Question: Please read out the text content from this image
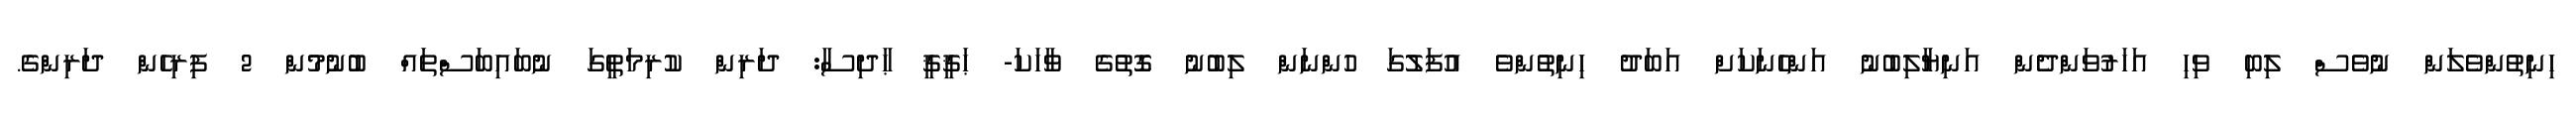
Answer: ހިނިތުންވެލަން ނުވެސް ލިބި ވިހި އަހަރުވަންދެން އަނިޔާލިބުނު އަންހެނަކަށް އަބަދު ހިނިތުންވެ އުފަލުގަ ހުންނަން ލިބުނު ގޮތުގެ ވާހަކަ- ޙަޤީޤީ ޙާދިސާ: ދަރިން ކުރިމަތީގަ ނުބައިބަސްތައް ބުނުމުން 2 ފިރިހެން ދަރިންގެ.